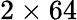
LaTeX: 2\times 64